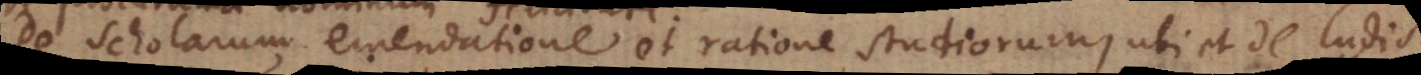
De Scholarum emendatione et ratione studiorum, ubi et de ludis.